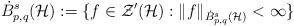
LaTeX: \begin{align*}\dot B^s_{p,q}(\mathcal{H}) := \{f \in \mathcal Z'(\mathcal{H}) : \| f \|_{\dot B^s_{p,q}(\mathcal{H})}<\infty\}\end{align*}